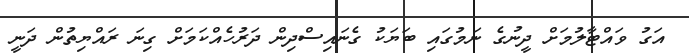
އަގު ވައްޓާލުމަށް ދީނުގެ ނަމުގައި ބަޔަކު ގެނައިސްދިން ދަރުހެއްކަމަށް ގިނަ ރައްޔިތުން ދަނީ